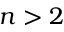
n > 2